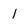
Character: l